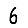
Digit: 6